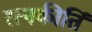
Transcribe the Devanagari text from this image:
रत्‍नकीर्ति